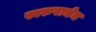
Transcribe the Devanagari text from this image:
स्वरुपाचेच